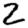
Digit: 2